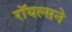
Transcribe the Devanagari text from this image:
रॉयल्सने